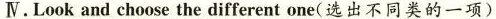
Ⅳ.Look and choose the different one(选出不同类的一项)